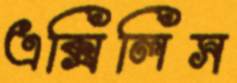
এক্সিলিস